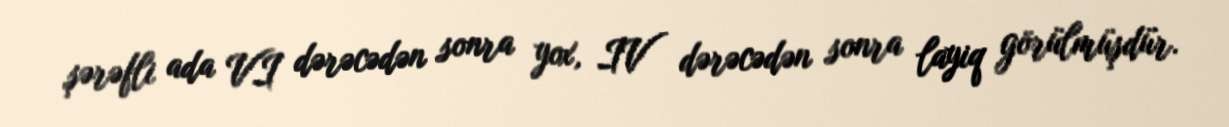
şərəfli ada VI dərəcədən sonra yox, IV dərəcədən sonra layiq görülmüşdür.